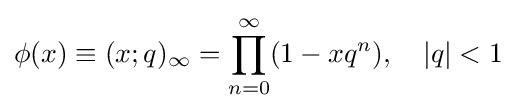
\phi (x)\equiv (x;q)_{\infty }=\prod _{n=0}^{\infty }(1-xq^{n}),\quad |q|<1